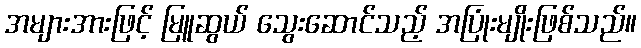
အများအားဖြင့် မြူဆွယ် သွေးဆောင်သည့် အပြုံးမျိုးဖြစ်သည်။